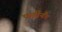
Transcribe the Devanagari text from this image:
फर्डीनैंड